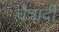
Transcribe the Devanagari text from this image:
चैत्रादी